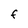
Character: F